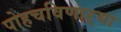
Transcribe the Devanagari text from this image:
पोहचविणाऱ्या